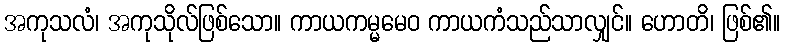
အကုသလံ၊ အကုသိုလ်ဖြစ်သော။ ကာယကမ္မမေဝ ကာယကံသည်သာလျှင်။ ဟောတိ၊ ဖြစ်၏။